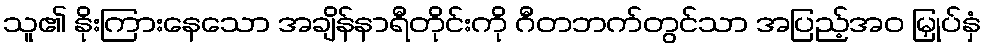
သူ၏ နိုးကြားနေသော အချိန်နာရီတိုင်းကို ဂီတဘက်တွင်သာ အပြည့်အဝ မြှုပ်နှံ